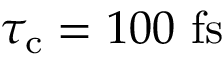
\tau _ { \mathrm { c } } = 1 0 0 \ \mathrm { f s }